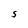
Character: S